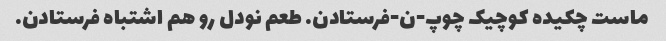
ماست چکیده کوچیک چوپ-ن-فرستادن. طعم نودل رو هم اشتباه فرستادن.